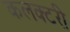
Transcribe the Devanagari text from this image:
कलक्टरी